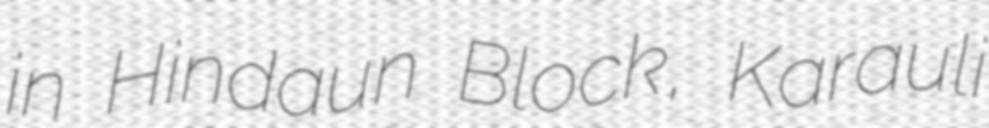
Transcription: in Hindaun Block, Karauli